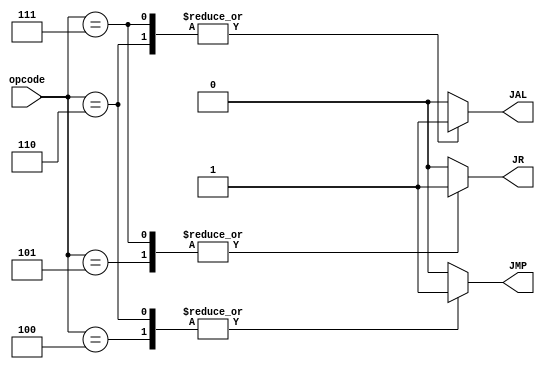
module jump(opcode, JMP, JR, JAL);
   
   input [4:0] opcode;
  
   output reg JMP, JR, JAL;

   always @(*) begin 

      case(opcode)

	 default : begin
	    JMP = 1'b0; 
	    JR = 1'b0;
	    JAL = 1'b0;
	 end

         5'b00100: begin // J
            JMP = 1'b1; 
	    JR = 1'b0;
	    JAL = 1'b0;
         end

	 5'b00101: begin // JR
            JMP = 1'b0; 
	    JR = 1'b1;
	    JAL = 1'b0;
         end

	 5'b00110: begin // JAL
            JMP = 1'b1; 
	    JR = 1'b0;
	    JAL = 1'b1;
         end

 	 5'b00111: begin // JALR
            JMP = 1'b0; 
	    JR = 1'b1;
	    JAL = 1'b1;
         end

      endcase
   end
endmodule